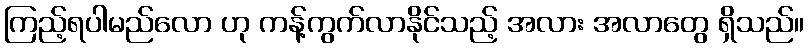
ကြည့်ရပါမည်လော ဟု ကန့်ကွက်လာနိုင်သည့် အလား အလာတွေ ရှိသည်။